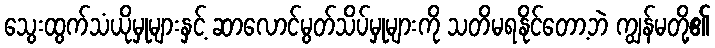
သွေးထွက်သံယိုမှုများနှင့် ဆာလောင်မွတ်သိပ်မှုများကို သတိမရနိုင်တော့ဘဲ ကျွန်မတို့၏